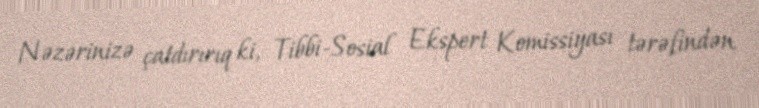
Nəzərinizə çatdırırıq ki, Tibbi-Sosial Ekspert Komissiyası tərəfindən